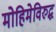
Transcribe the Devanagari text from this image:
मोहिमेविरुद्ध